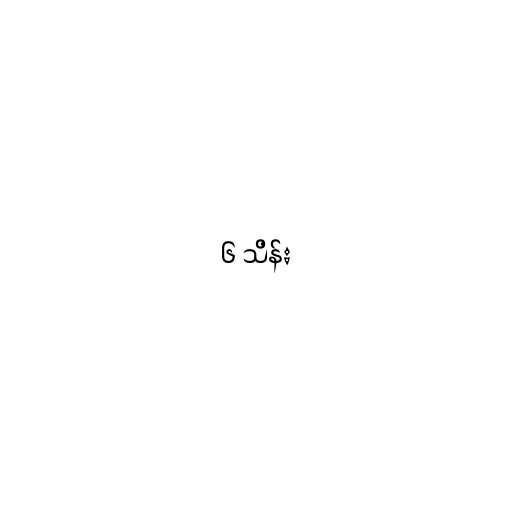
၆ သိန်း